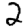
Digit: 2